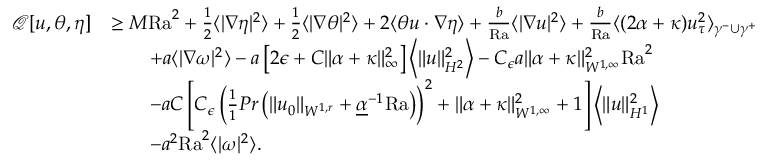
\begin{array} { r l } { \mathcal { Q } [ u , \theta , \eta ] } & { \geq M \mathrm { { R a } } ^ { 2 } + \frac { 1 } { 2 } \langle | \nabla \eta | ^ { 2 } \rangle + \frac { 1 } { 2 } \langle | \nabla \theta | ^ { 2 } \rangle + 2 \langle \theta u \cdot \nabla \eta \rangle + \frac { b } { { \mathrm { R a } } } \langle | \nabla u | ^ { 2 } \rangle + \frac { b } { \mathrm { { R a } } } \langle ( 2 \alpha + \kappa ) u _ { \tau } ^ { 2 } \rangle _ { \gamma ^ { - } \cup \gamma ^ { + } } } \\ & { \qquad + a \langle | \nabla \omega | ^ { 2 } \rangle - a \left[ 2 \epsilon + C \| \alpha + \kappa \| _ { \infty } ^ { 2 } \right] \left\langle \| u \| _ { H ^ { 2 } } ^ { 2 } \right\rangle - C _ { \epsilon } a \| \alpha + \kappa \| _ { W ^ { 1 , \infty } } ^ { 2 } { \mathrm { R a } } ^ { 2 } } \\ & { \qquad - a C \left[ C _ { \epsilon } \left( \frac { 1 } { 1 } { { P r } } \left( \| u _ { 0 } \| _ { W ^ { 1 , r } } + \underline { { \alpha } } ^ { - 1 } { \mathrm { R a } } \right) \right) ^ { 2 } + \| \alpha + \kappa \| _ { W ^ { 1 , \infty } } ^ { 2 } + 1 \right] \left\langle \| u \| _ { H ^ { 1 } } ^ { 2 } \right\rangle } \\ & { \qquad - a ^ { 2 } \mathrm { { R a } } ^ { 2 } \langle | \omega | ^ { 2 } \rangle . } \end{array}